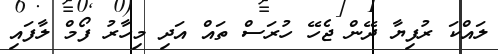
ލައްކަ ރުފިޔާ ދޭން ޖެހޭ ހުރަސް ތައް އަދި މިހާރު ފޯމް ލާފައި